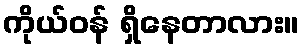
ကိုယ်ဝန် ရှိနေတာလား။